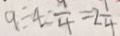
9 \div 4 = \frac { 1 } { 4 } = 2 \frac { 1 } { 4 }